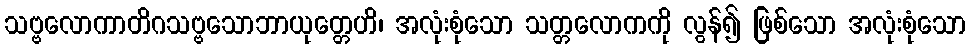
သဗ္ဗလောကာတိဂသဗ္ဗသောဘာယုတ္တေဟိ၊ အလုံးစုံသော သတ္တလောကကို လွန်၍ ဖြစ်သော အလုံးစုံသော